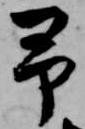
予